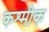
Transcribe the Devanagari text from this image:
कश्मीक